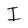
Character: I